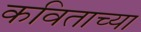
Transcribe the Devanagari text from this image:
कविताच्या